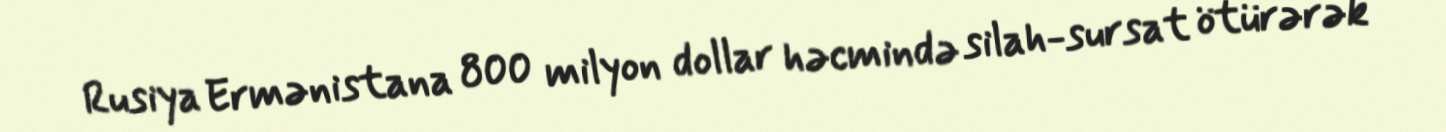
Rusiya Ermənistana 800 milyon dollar həcmində silah-sursat ötürərək